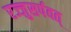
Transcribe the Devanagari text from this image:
रज्जुसर्पवत्